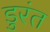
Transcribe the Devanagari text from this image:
डुरंत